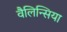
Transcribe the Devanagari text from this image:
वैलिन्सिया